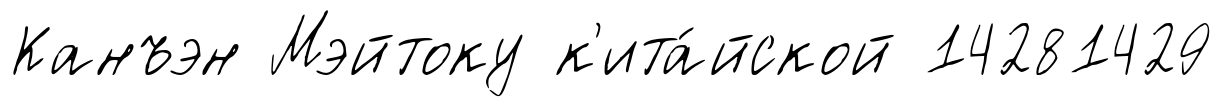
Канъэн Мэйтоку к'ита́йской 14281429